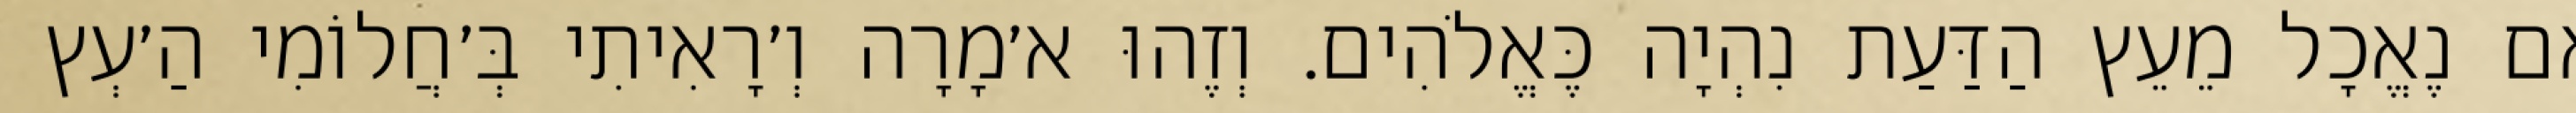
אִם נֶאֱכָל מֵעֵץ הַדַּעַת נִהְיָה כֶּאֱלֹהִים. וְזֶהוּ א׳מָרָה וְ׳רָאִיתִי בְּ׳חֲלוֹמִי הַ׳עְץ